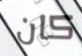
كان